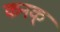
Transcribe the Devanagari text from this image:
कनक्